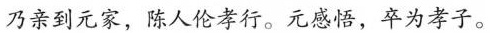
乃亲到元家，陈人伦孝行。元感悟，卒为孝子。